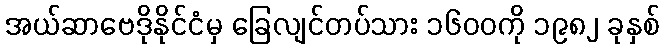
အယ်ဆာဗေဒိုနိုင်ငံမှ ခြေလျင်တပ်သား ၁၆၀၀ကို ၁၉၈၂ ခုနှစ်